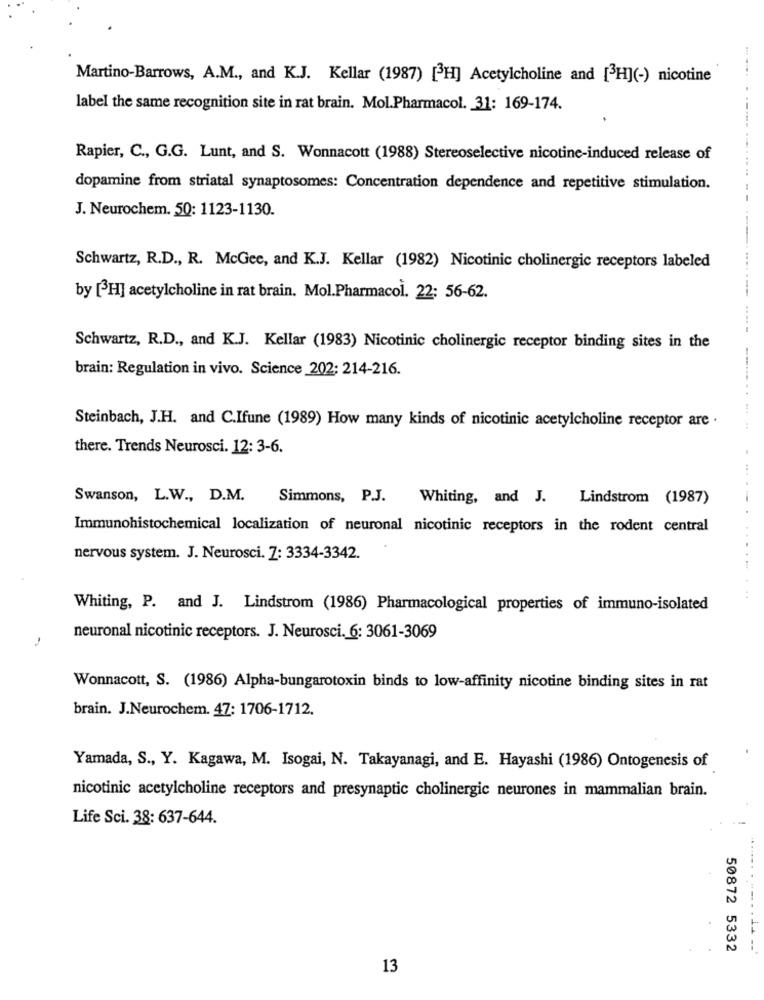
Martino-Barrows, A.M ., and K.J. Kellar (1987) [3H] Acetylcholine and [3H](-) nicotine
label the same recognition site in rat brain. Mol.Pharmacol. 31: 169-174.
Rapier, C ., G.G. Lunt, and S. Wonnacott (1988) Stereoselective nicotine-induced release of
dopamine from striatal synaptosomes: Concentration dependence and repetitive stimulation.
J. Neurochem. 50: 1123-1130.
Schwartz, R.D ., R. McGee, and K.J. Kellar (1982) Nicotinic cholinergic receptors labeled
by [H] acetylcholine in rat brain. Mol.Pharmacol. 22: 56-62.
Schwartz, R.D ., and K.J. Kellar (1983) Nicotinic cholinergic receptor binding sites in the
brain: Regulation in vivo. Science 202: 214-216.
Steinbach, J.H. and C.Ifune (1989) How many kinds of nicotinic acetylcholine receptor are .
-..... .......
there. Trends Neurosci. 12: 3-6.
Swanson, L.W ., D.M.
Simmons, P.J.
Whiting, and J. Lindstrom (1987)
Immunohistochemical localization of neuronal nicotinic receptors in the rodent central
nervous system. J. Neurosci. 7: 3334-3342.
Whiting, P. and J. Lindstrom (1986) Pharmacological properties of immuno-isolated
neuronal nicotinic receptors. J. Neurosci. 6: 3061-3069
Wonnacott, S. (1986) Alpha-bungarotoxin binds to low-affinity nicotine binding sites in rat
brain. J.Neurochem. 47: 1706-1712.
Yamada, S ., Y. Kagawa, M. Isogai, N. Takayanagi, and E. Hayashi (1986) Ontogenesis of
nicotinic acetylcholine receptors and presynaptic cholinergic neurones in mammalian brain.
Life Sci. 38: 637-644.
.......
50872 5332
13